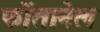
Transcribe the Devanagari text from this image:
फोंतानेल